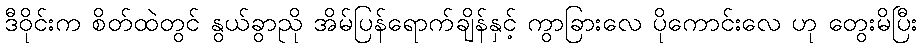
ဒီဝိုင်းက စိတ်ထဲတွင် နွယ်ခွာညို အိမ်ပြန်ရောက်ချိန်နှင့် ကွာခြားလေ ပိုကောင်းလေ ဟု တွေးမိပြီး